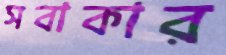
সবাকার